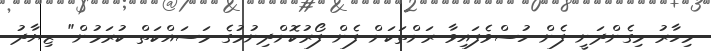
މިހާރު މިގެންދަނީ ފެން ހުސްވެފައިވާ ރަށްތަކަށް ފެން ފޯރުކޮށްދިނުމުގެ މަސައްކަތް ކުރަމުން" ޒިޔާދު